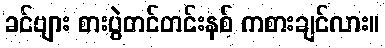
ခင်ဗျား စားပွဲတင်တင်းနစ် ကစားချင်လား။